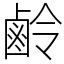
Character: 鹷